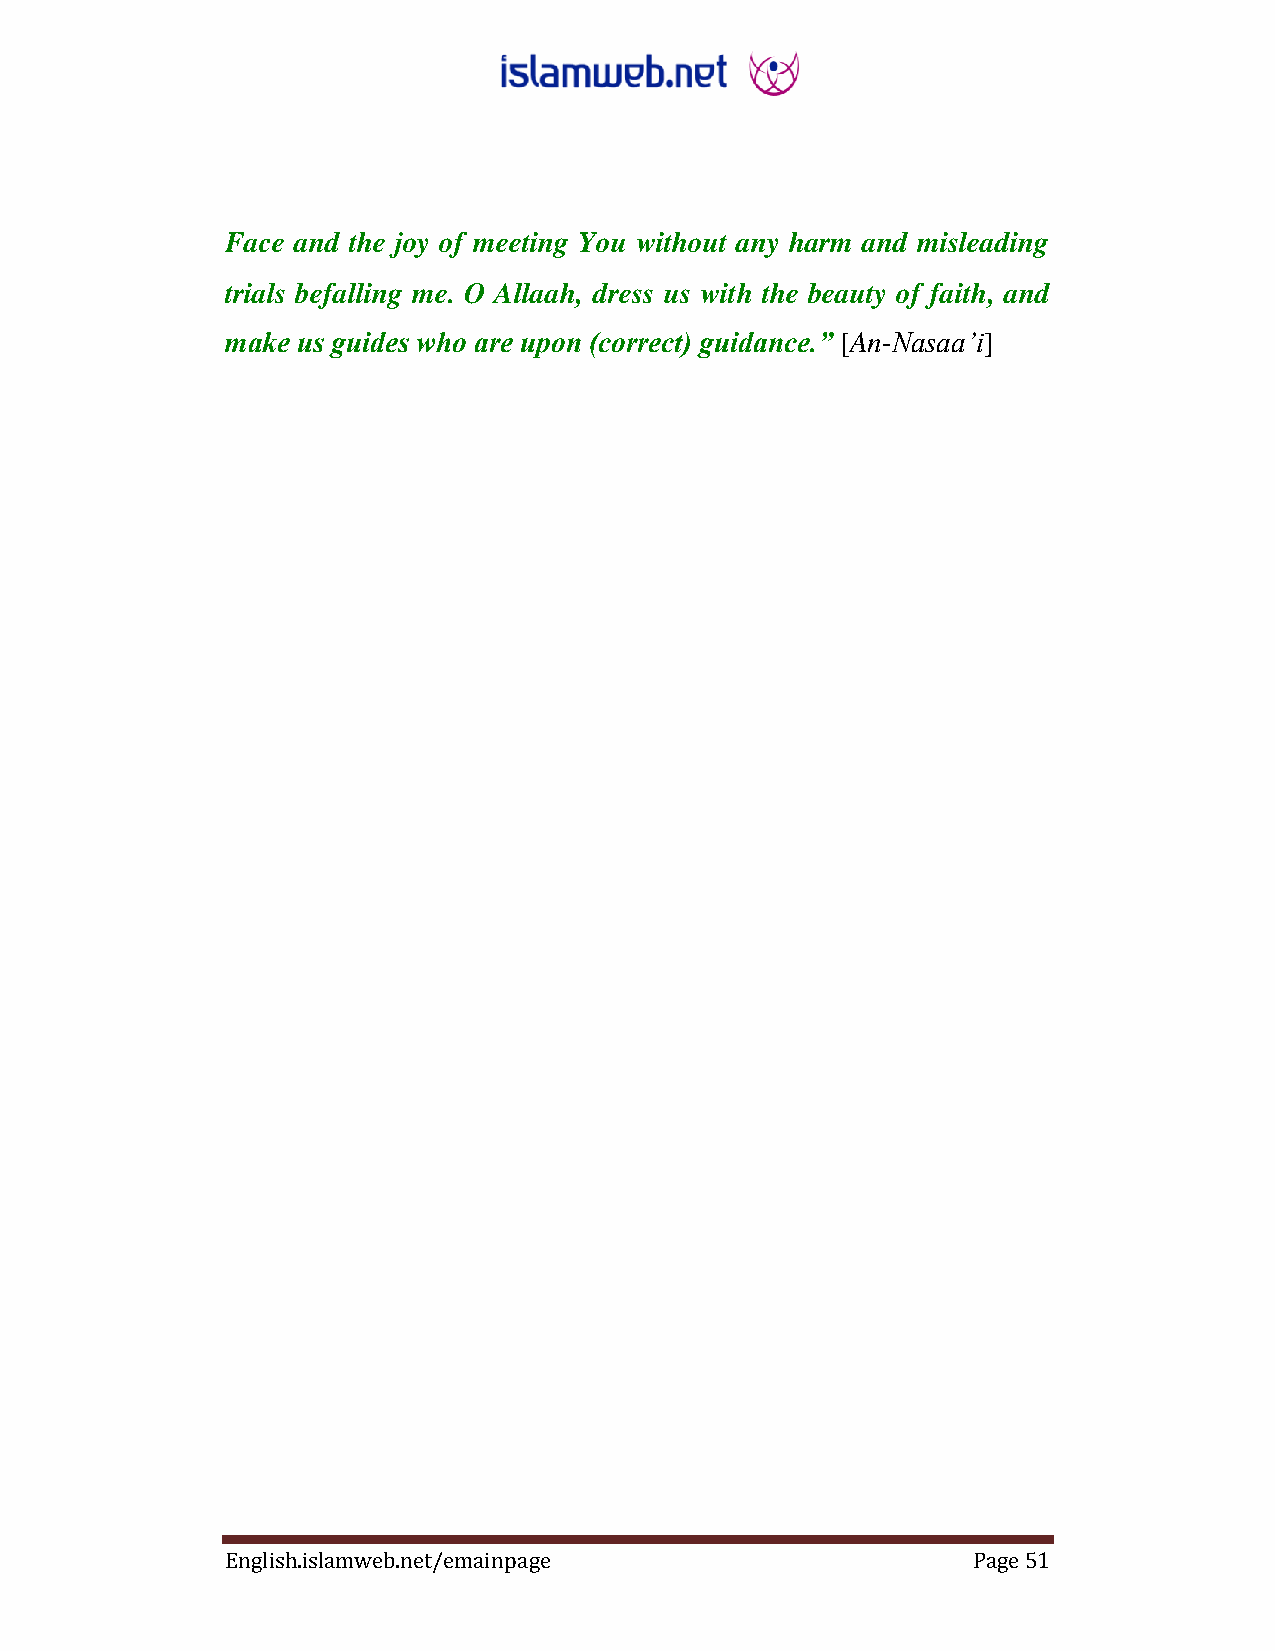
Face and the joy of meeting You without any harm and misleading
 trials befalling me. O Allaah, dress us with the beauty of faith, and
 make us guides who are upon (correct) guidance.” ‎[An-Nasaa‟i]‎
 English.islamweb.net/emainpage                   Page 51